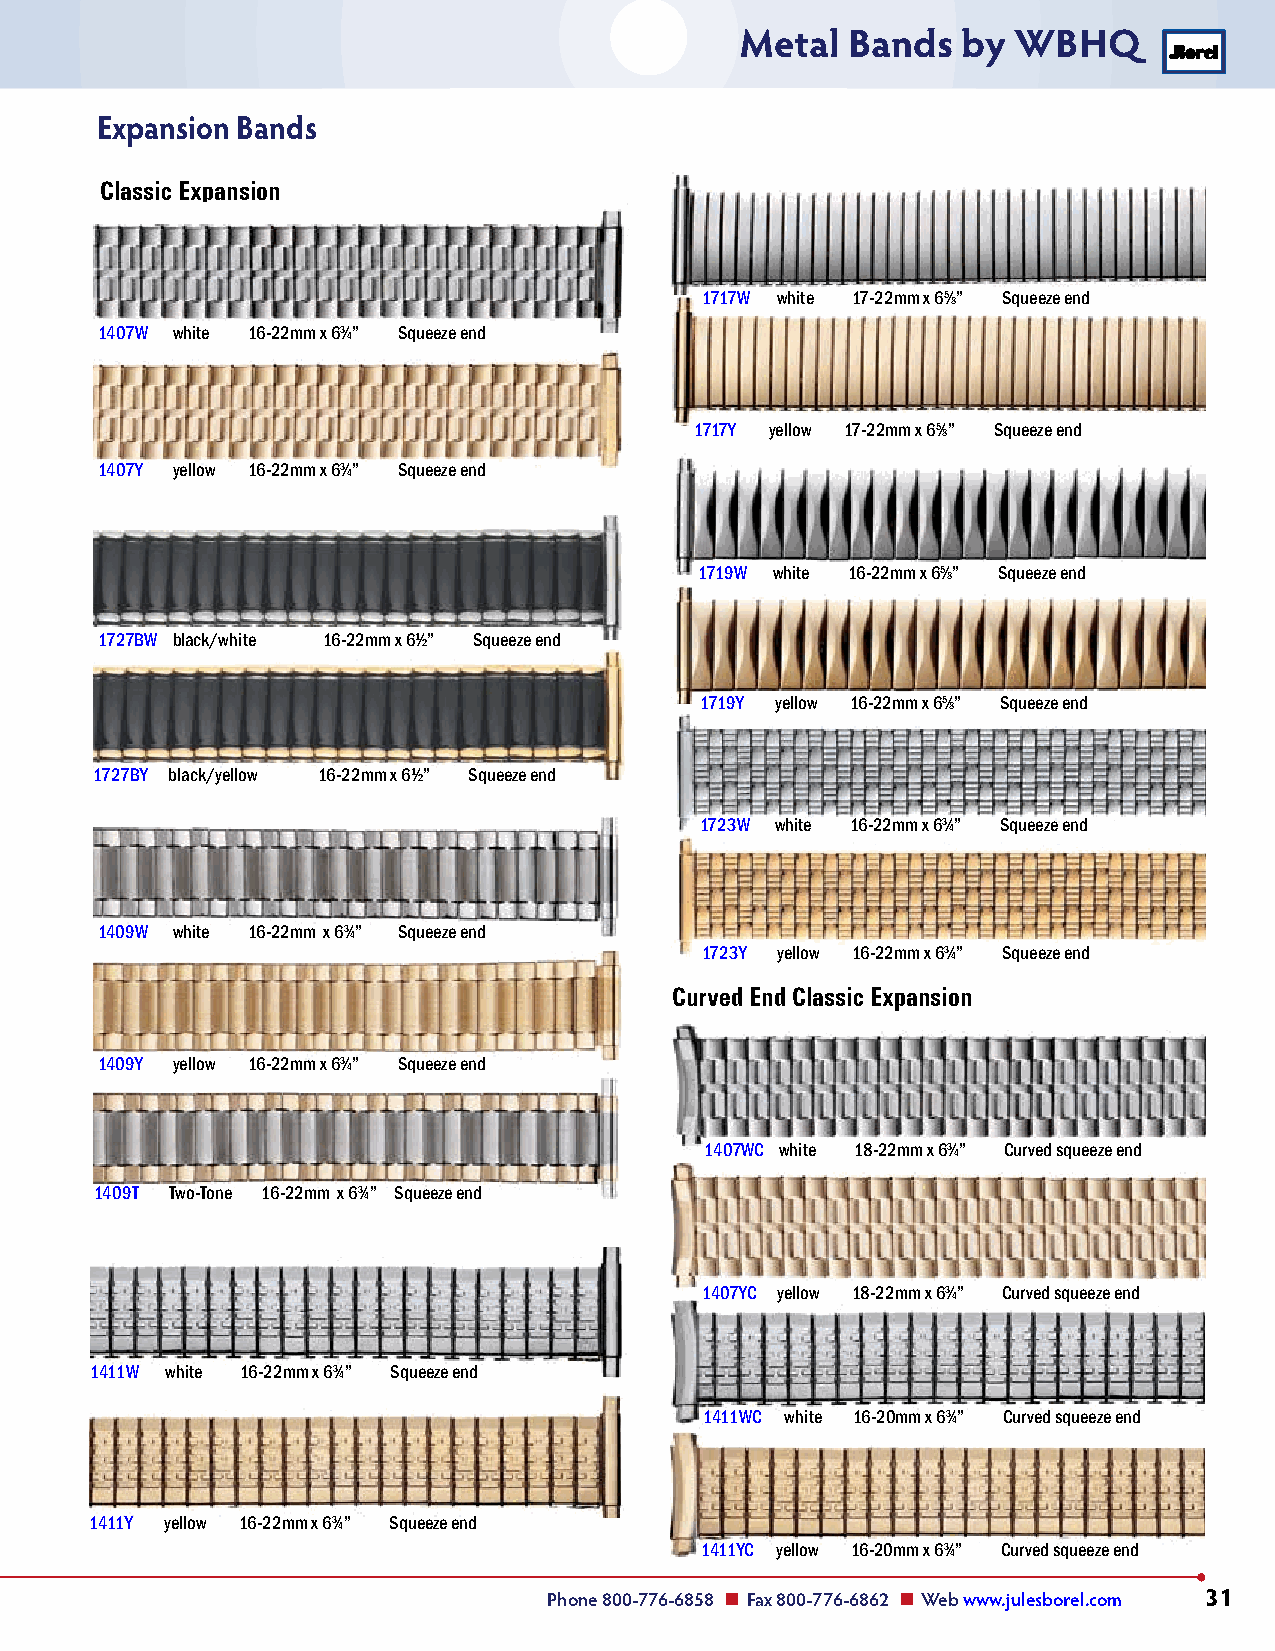
Metal  Bands   by WBHQ
 Expansion Bands
 Classic Expansion
 1717W white 17-22mm x 65⁄8” Squeeze end
 1407W white 16-22mm x 63⁄4” Squeeze end
 1717Y yellow 17-22mm x 65⁄8” Squeeze end
 1407Y yellow 16-22mm x 63⁄4” Squeeze end
 1719W white 16-22mm x 65⁄8” Squeeze end
 1727BW black/white 16-22mm x 61⁄2” Squeeze end
 1719Y yellow 16-22mm x 65⁄8” Squeeze end
 1727BY black/yellow 16-22mm x 61⁄2” Squeeze end
 1723W white 16-22mm x 63⁄4” Squeeze end
 1409W white 16-22mm x 63⁄4” Squeeze end
 1723Y yellow 16-22mm x 63⁄4” Squeeze end
 Curved End Classic Expansion
 1409Y yellow 16-22mm x 63⁄4” Squeeze end
 1407WC white 18-22mm x 63⁄4” Curved squeeze end
 1409T Two-Tone 16-22mm x 63⁄4” Squeeze end
 1407YC yellow 18-22mm x 63⁄4” Curved squeeze end
 1411W white 16-22mm x 63⁄4” Squeeze end
 1411WC white 16-20mm x 63⁄4” Curved squeeze end
 1411Y yellow 16-22mm x 63⁄4” Squeeze end
 1411YC yellow 16-20mm x 63⁄4” Curved squeeze end
 Phone 800-776-6858 n Fax 800-776-6862 n Web www.julesborel.com 31